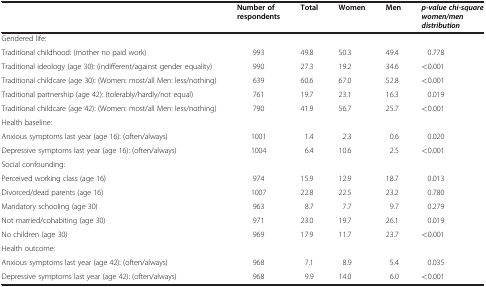
<table><thead><tr><td><b> </b></td><td><b>Number of respondents</b></td><td><b>Total</b></td><td><b>Women</b></td><td><b>Men</b></td><td><b><i>p-value chi-square women/men distribution</i></b></td></tr></thead><tbody><tr><td colspan="6">Gendered life:</td></tr><tr><td>Traditional childhood: (mother no paid work)</td><td>993</td><td>49.8</td><td>50.3</td><td>49.4</td><td>0.778</td></tr><tr><td>Traditional ideology (age 30): (indifferent/against gender equality)</td><td>990</td><td>27.3</td><td>19.2</td><td>34.6</td><td>&lt;0.001</td></tr><tr><td>Traditional childcare (age 30): (Women: most/all Men: less/nothing)</td><td>639</td><td>60.6</td><td>67.0</td><td>52.8</td><td>&lt;0.001</td></tr><tr><td>Traditional partnership (age 42): (tolerably/hardly/not equal)</td><td>761</td><td>19.7</td><td>23.1</td><td>16.3</td><td>0.019</td></tr><tr><td>Traditional childcare (age 42): (Women: most/all Men: less/nothing)</td><td>790</td><td>41.9</td><td>56.7</td><td>25.7</td><td>&lt;0.001</td></tr><tr><td colspan="6">Health baseline:</td></tr><tr><td>Anxious symptoms last year (age 16): (often/always)</td><td>1001</td><td>1.4</td><td>2.3</td><td>0.6</td><td>0.020</td></tr><tr><td>Depressive symptoms last year (age 16): (often/always)</td><td>1004</td><td>6.4</td><td>10.6</td><td>2.5</td><td>&lt;0.001</td></tr><tr><td colspan="6">Social confounding:</td></tr><tr><td>Perceived working class (age 16)</td><td>974</td><td>15.9</td><td>12.9</td><td>18.7</td><td>0.013</td></tr><tr><td>Divorced/dead parents (age 16)</td><td>1007</td><td>22.8</td><td>22.5</td><td>23.2</td><td>0.780</td></tr><tr><td>Mandatory schooling (age 30)</td><td>963</td><td>8.7</td><td>7.7</td><td>9.7</td><td>0.279</td></tr><tr><td>Not married/cohabiting (age 30)</td><td>971</td><td>23.0</td><td>19.7</td><td>26.1</td><td>0.019</td></tr><tr><td>No children (age 30)</td><td>969</td><td>17.9</td><td>11.7</td><td>23.7</td><td>&lt;0.001</td></tr><tr><td colspan="6">Health outcome:</td></tr><tr><td>Anxious symptoms last year (age 42): (often/always)</td><td>968</td><td>7.1</td><td>8.9</td><td>5.4</td><td>0.035</td></tr><tr><td>Depressive symptoms last year (age 42): (often/always)</td><td>968</td><td>9.9</td><td>14.0</td><td>6.0</td><td>&lt;0.001</td></tr></tbody></table>